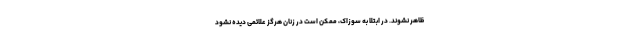
ظاهر نشوند. در ابتلا به سوزاک، ممکن است در زنان هرگز علائمی دیده نشود